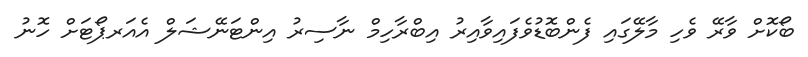
ބޯކޮށް ވާރޭ ވެހި މާލޭގައި ފެންބޮޑުވެފައިވާއިރު އިބްރާހިމް ނާސިރު އިންޓަނޭޝަލް އެއަރޕޯޓަށް ހޮނު